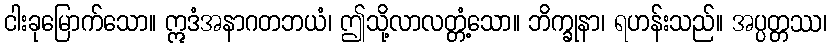
ငါးခုမြောက်သော။ ဣဒံအနာဂတဘယံ၊ ဤသို့လာလတ္တံ့သော။ ဘိက္ခုနာ၊ ရဟန်းသည်။ အပ္ပတ္တဿ၊